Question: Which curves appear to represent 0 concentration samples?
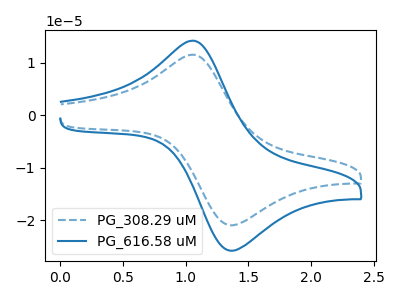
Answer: <think>The blue dashed curve "PG_308.29 uM" has an anodic peak at (1.05V, 11.55uA) and a cathodic peak at (1.35V, -20.95uA). The blue curve "PG_616.58 uM" has an anodic peak at (1.05V, 14.20uA) and a cathodic peak at (1.35V, -25.80uA).</think>
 <answer>There are not any CV's on this graph that are likely to be blanks.</answer>
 <eval>none</eval>